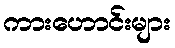
ကားဟောင်းများ